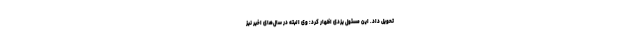
تحویل داد. این مسئول یزدی اظهار کرد: وی البته در سال‌های اخیر نیز